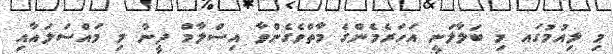
މި ލިއުމުގައ މި ބަލާލަނީ އަހަރެމެންގެ މާތްވެގެންވާ އިސްލާމް ދީން މި މައްސަލައާއި